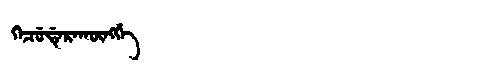
Manchu: ᡴᡝᠴᡠᡩᡝᡵᠠᡴᡡᠩᡤᡝ
Romanization: KECUDERAKŪNGGE